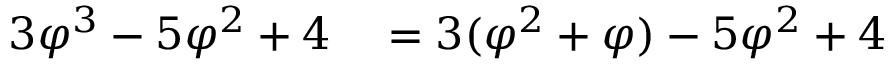
\begin{array} { r l } { 3 \varphi ^ { 3 } - 5 \varphi ^ { 2 } + 4 } & { { } = 3 ( \varphi ^ { 2 } + \varphi ) - 5 \varphi ^ { 2 } + 4 } \end{array}